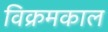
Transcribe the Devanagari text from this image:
विक्रमकाल